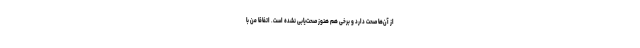
از آن‌ها صحت دارد و برخی هم هنوز صحت‌یابی نشده است. اتفاقا من با